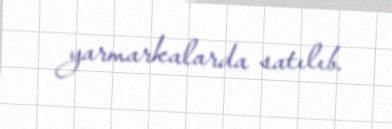
yarmarkalarda satılıb.